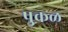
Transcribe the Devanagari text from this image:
पुकळ